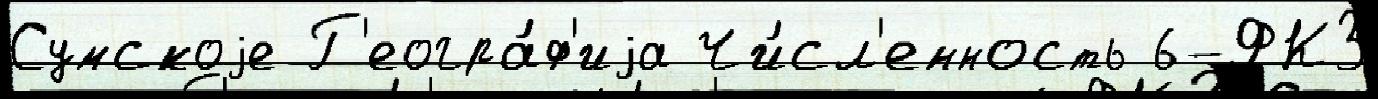
Сумскоjе Г'еогра́ф'иjа Чи́сл'енность 6-ФКЗ